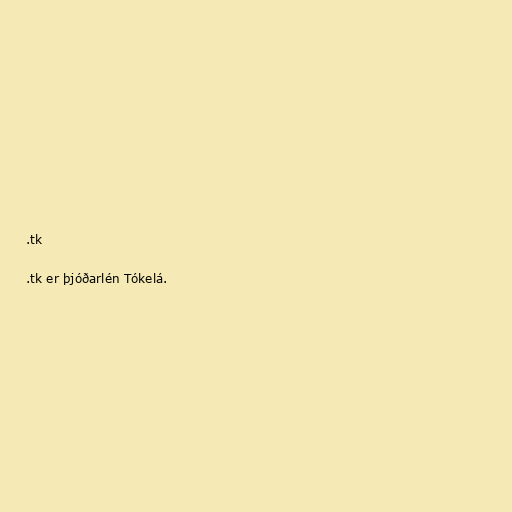
.tk

.tk er þjóðarlén Tókelá.